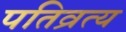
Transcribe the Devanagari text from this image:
पतिव्रत्य